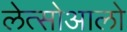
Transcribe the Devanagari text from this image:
लेत्सोआलो